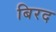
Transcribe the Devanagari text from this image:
बिरद